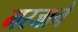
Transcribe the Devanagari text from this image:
मरजाने